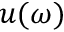
u ( \omega )